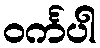
ဝင်္ကပါ